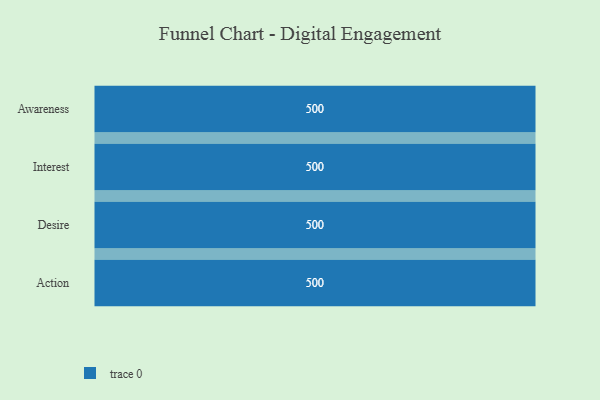
{"axis": {"x": "Stage", "y": "Value"}, "legend": [""], "data": [{"x": "Awareness", "y": 500, "type": ""}, {"x": "Interest", "y": 500, "type": ""}, {"x": "Desire", "y": 500, "type": ""}, {"x": "Action", "y": 500, "type": ""}]}